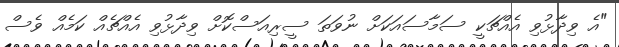
"އެ ވިދާޅުވި އެއްޗަކީ ސަމާސައަކަށް ނުވަތަ ސީރިއަސްކޮށް ވިދާޅުވި އެއްޗެއް ކަމެއް ވެސް